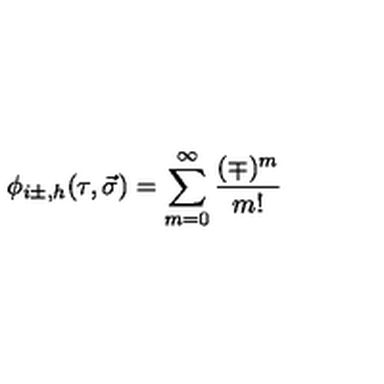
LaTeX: \phi _ { i \pm , h } ( \tau , \vec { \sigma } ) = \sum _ { m = 0 } ^ { \infty } \frac { ( \mp ) ^ { m } } { m ! }